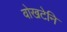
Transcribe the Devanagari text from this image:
वोखटेनि